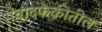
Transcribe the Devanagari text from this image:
संवादफेकीतील